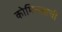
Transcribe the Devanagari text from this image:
कोमिल्लाची